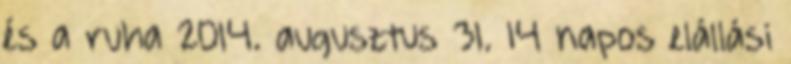
és a ruha 2014. augusztus 31. 14 napos elállási